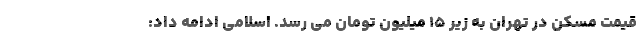
قیمت مسکن در تهران به زیر ۱۵ میلیون تومان می رسد. اسلامی ادامه داد: